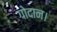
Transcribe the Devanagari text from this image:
गोदान।